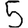
Digit: 5